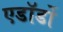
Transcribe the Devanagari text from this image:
एडॉर्डो